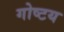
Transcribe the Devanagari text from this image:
गोष्टय